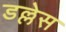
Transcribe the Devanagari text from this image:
डल्लेस